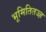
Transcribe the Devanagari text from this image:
भूमितितज्ज्ञ